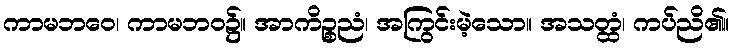
ကာမဘဝေ၊ ကာမဘဝ၌။ အာကိဉ္စညံ၊ အကြွင်းမဲ့သော။ အသတ္ထံ၊ ကပ်ညိ၏။